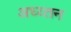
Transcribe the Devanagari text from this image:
अध्य्तन